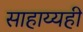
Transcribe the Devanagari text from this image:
साहाय्यही